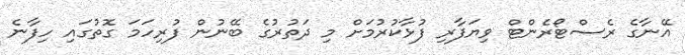
އޭނާގެ ރެސްޓޯރެންޓް ވިޔަފާރި ފުޅާކުރުމަށް މި ދަތުރުގެ ބޭނުން ފުރިހަމަ ގޮތުގައި ހިފާނެ